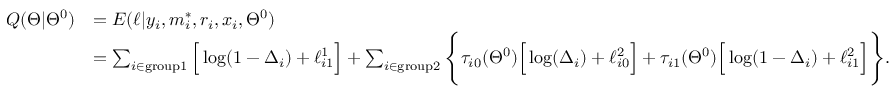
\begin{array} { r l } { Q ( \Theta | \Theta ^ { 0 } ) } & { = E ( \ell | y _ { i } , m _ { i } ^ { * } , r _ { i } , x _ { i } , \Theta ^ { 0 } ) } \\ & { = \sum _ { i \in \mathrm { g r o u p 1 } } \Big [ \log ( 1 - \Delta _ { i } ) + \ell _ { i 1 } ^ { 1 } \Big ] + \sum _ { i \in \mathrm { g r o u p 2 } } \Bigg \{ \tau _ { i 0 } ( \Theta ^ { 0 } ) \Big [ \log ( \Delta _ { i } ) + \ell _ { i 0 } ^ { 2 } \Big ] + \tau _ { i 1 } ( \Theta ^ { 0 } ) \Big [ \log ( 1 - \Delta _ { i } ) + \ell _ { i 1 } ^ { 2 } \Big ] \Bigg \} . } \end{array}